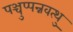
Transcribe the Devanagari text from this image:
पञ्चुप्पन्नवत्थु